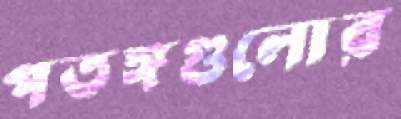
পতঙ্গগুলোর